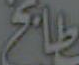
بالخ